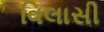
વિલાસી